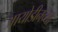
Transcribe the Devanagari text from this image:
आयोडीनच्या